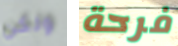
ولكن فرحة